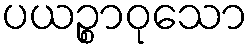
ပယဉ္စာဝုသော